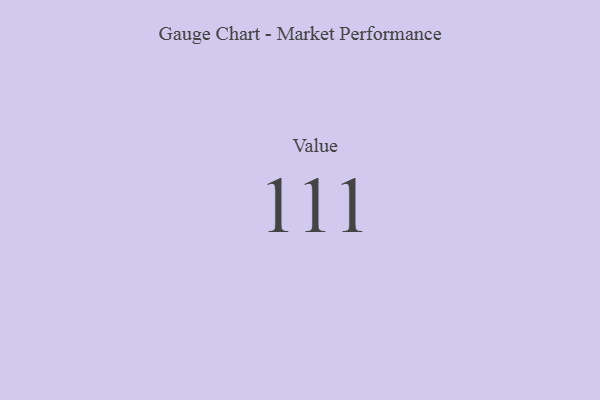
{"axis": {"x": "Metric", "y": "Value"}, "legend": [""], "data": [{"x": "Value", "y": 111, "type": ""}]}